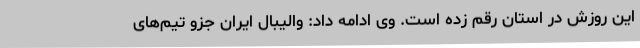
این روزش در استان رقم زده است. وی ادامه داد: والیبال ایران جزو تیم‌های